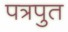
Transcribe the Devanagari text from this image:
पत्रपुत